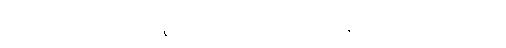
ဋ္ဌ-ဒု-အုပ်-၆၂။ ဥပါဒါန်လေးပါးမှ ကင်းလွတ်စေနည်း၊ ပဋိသံ-ပါ-၂၄၂၊